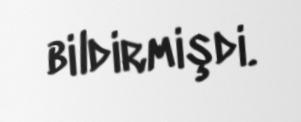
bildirmişdi.